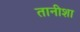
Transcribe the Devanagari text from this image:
तानीशा